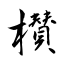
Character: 櫕